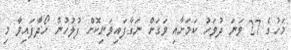
މަހުގެ 27 ވަނަ ދުވަހު ކަމަށާއި ވަގަށް ނަގާފައިވަނިކޮށް ފުލުހުން ހޯދާފައިވާ މި